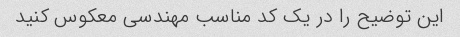
این توضیح را در یک کد مناسب مهندسی معکوس کنید